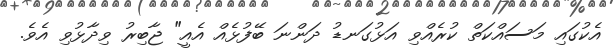
އެކުގައި މަސައްކަތް ކުރެއްވި އަޅުގަނޑު ދަންނަ ބޭފުޅެއް އެއީ" ޖާބިރު ވިދާޅުވި އެވެ.